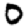
Digit: 0